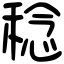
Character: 稔